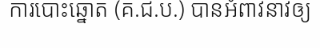
ការបោះឆ្នោត (គ.ជ.ប.) បានអំពាវនាវឲ្យ